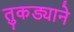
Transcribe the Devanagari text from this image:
तुकड्याने